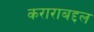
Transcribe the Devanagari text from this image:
कराराबद्दल